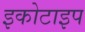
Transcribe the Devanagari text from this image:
इकोटाइप